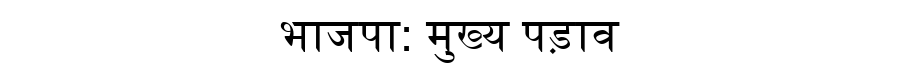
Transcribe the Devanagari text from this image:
भाजपा: मुख्य पड़ाव